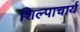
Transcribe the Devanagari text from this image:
शिल्पाचार्य